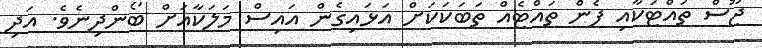
ޖޫސް ތައްޓަކާއި ފެން ތައްޓެއް ތަބަކަކަށް އަޅައިގެން އައިސް މަލަކާއަށް ބޯންދިނެވެ. އަދި